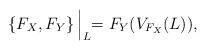
LaTeX: \begin{align*} \left\{ F_X ,F_Y \right\} \Bigl|_L =F_Y (V_{F_X} (L)),\end{align*}